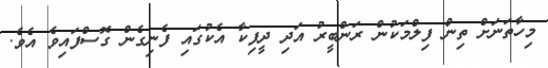
މިހާތަނަށް ތިން ފިލްމަކުން ރަންބީރު އަދި ދީޕިކާ އެކުގައި ފެނިގެން ގޮސްފައިވެ އެވެ.